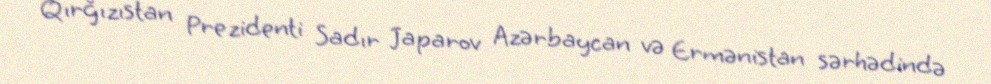
Qırğızıstan Prezidenti Sadır Japarov Azərbaycan və Ermənistan sərhədində